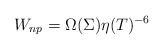
\begin{align*}W_{np}=\Omega(\Sigma)\eta(T)^{-6}\end{align*}